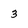
Character: 3